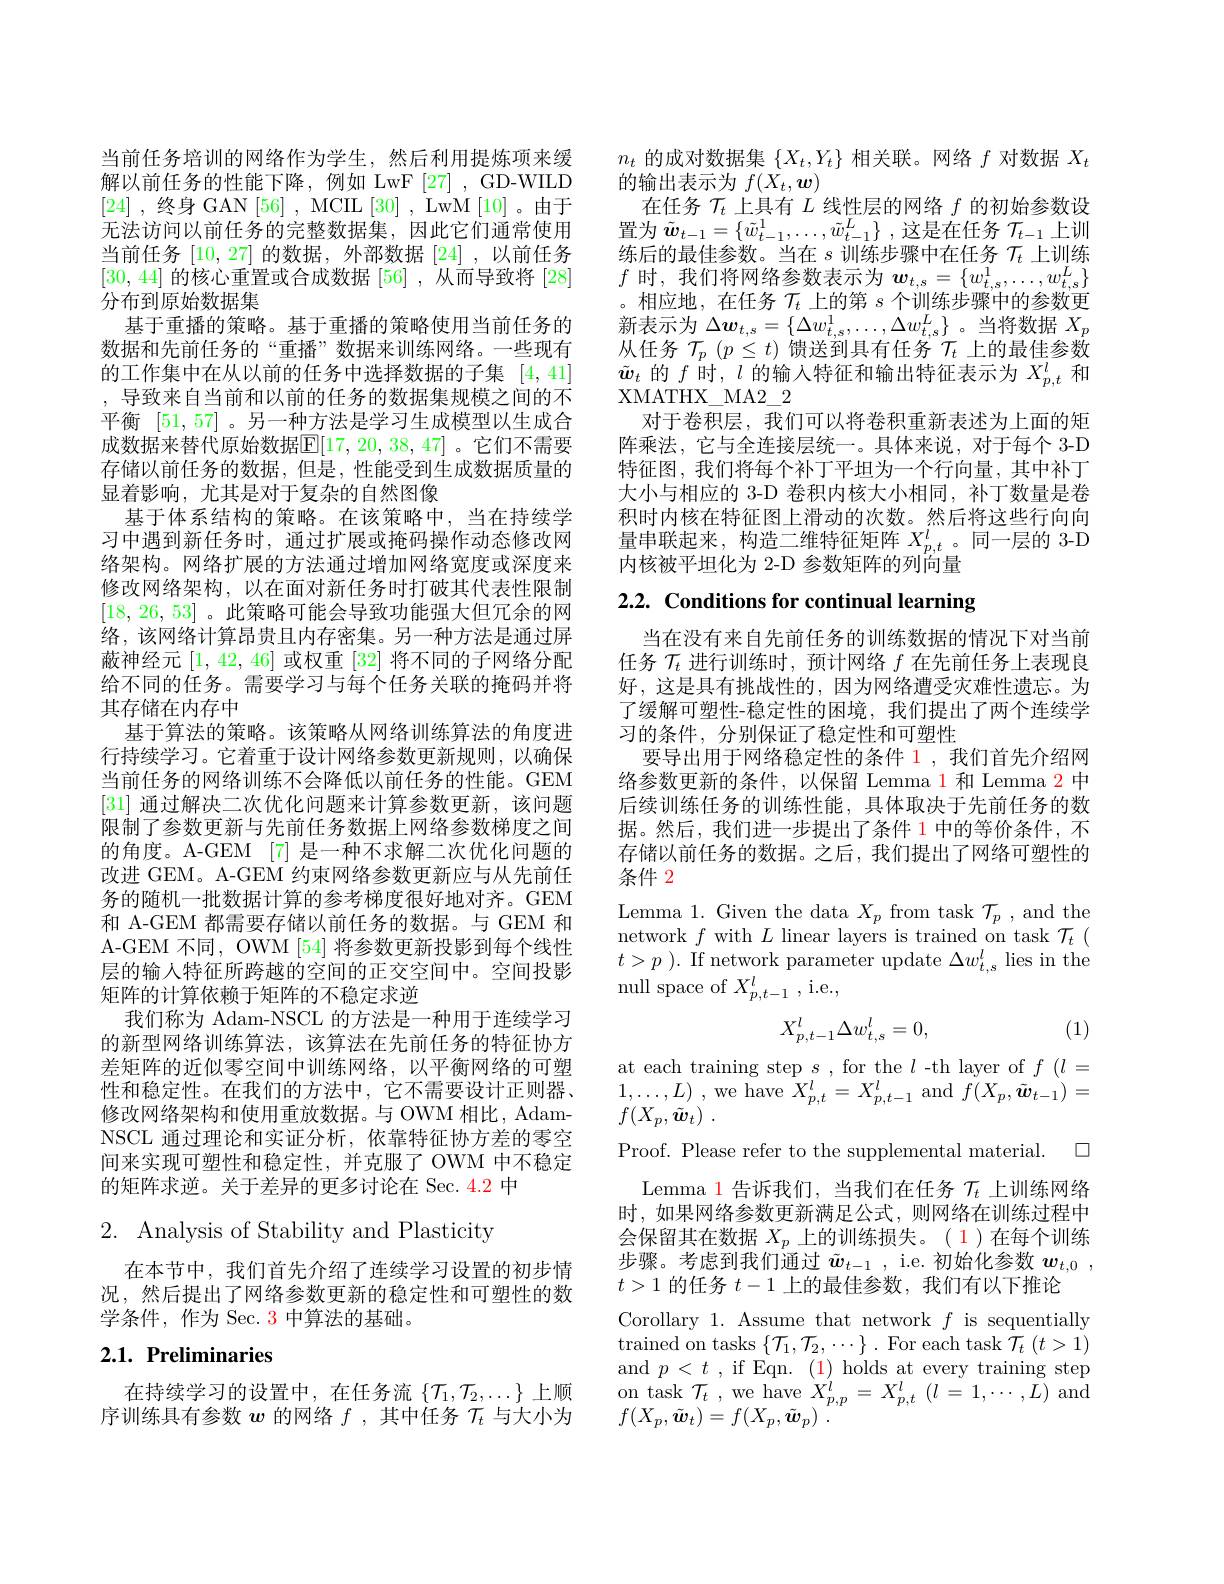
当前任务培训的网络作为学生，然后利用提炼项来缓解以前任务的性能下降，例如 LwF[27],GD-WILD [24] ,终身 GAN [56] , MCIL [30] , LwM [10] 。由于无法访问以前任务的完整数据集，因此它们通常使用当前任务[10,27]的数据 ,外部数据[24],以前任务$[30,44]\dot{\text{ 的核心重置或合成数据 }}[56]\dot{\text{ ,从而导致将 }}[28]$ 分布到原始数据集
基于重播的策略。基于重播的策略使用当前任务的数据和先前任务的“重播”数据来训练网络。一些现有的工作集中在从以前的任务中选择数据的子集[4,41] ,导致来自当前和以前的任务的数据集规模之间的不平衡[51,57] 。另一种方法是学习生成模型以生成合成数据来替代原始数据$[\mathbb{E}[17,20,38,47]$ 。它们不需要存储以前任务的数据，但是，性能受到生成数据质量的显着影响，尤其是对于复杂的自然图像
基于体系结构的策略。在该策略中，当在持续学习中遇到新任务时，通过扩展或掩码操作动态修改网络架构。网络扩展的方法通过增加网络宽度或深度来修改网络架构，以在面对新任务时打破其代表性限制[18,26,53] 。此策略可能会导致功能强大但冗余的网络，该网络计算昂贵且内存密集。另一种方法是通过屏蔽神经元[1,42,46]或权重[32]将不同的子网络分配给不同的任务。需要学习与每个任务关联的掩码并将其存储在内存中
基于算法的策略。该策略从网络训练算法的角度进行持续学习。它着重于设计网络参数更新规则，以确保当前任务的网络训练不会降低以前任务的性能。GEM [31]通过解决二次优化问题来计算参数更新，该问题限制了参数更新与先前任务数据上网络参数梯度之间的角度。A-GEM [7] 是一种不求解二次优化问题的改进 GEM。A-GEM 约束网络参数更新应与从先前任务的随机一批数据计算的参考梯度很好地对齐。GEM 和 A-GEM 都需要存储以前任务的数据。与 GEM 和A-GEM 不同，OWM [54] 将参数更新投影到每个线性层的输入特征所跨越的空间的正交空间中。空间投影矩阵的计算依赖于矩阵的不稳定求逆
我们称为 Adam-NSCL 的方法是一种用于连续学习的新型网络训练算法，该算法在先前任务的特征协方差矩阵的近似零空间中训练网络，以平衡网络的可塑性和稳定性。在我们的方法中，它不需要设计正则器、 修改网络架构和使用重放数据。与 OWM 相比，AdamNSCL 通过理论和实证分析，依靠特征协方差的零空间来实现可塑性和稳定性，并克服了 OWM 中不稳定的矩阵求逆。关于差异的更多讨论在 Sec. 4.2 中

# 2. Analysis of Stability and Plasticity

在本节中，我们首先介绍了连续学习设置的初步情况，然后提出了网络参数更新的稳定性和可塑性的数学条件，作为 Sec. 3 中算法的基础。

# 2.1. Preliminaries

在持续学习的设置中，在任务流$\{\mathcal{T}_1,\mathcal{T}_2,\ldots\}$上顺序训练具有参数$w$的网络$f,\dot\text{其中任务 }\mathcal{T}_t$与大小为

$n_t$的成对数据集$\{X_t,Y_t\}$相关联。网络$f$对数据$X_t$
的输出表示为$f(X_t,\boldsymbol{w})$
在任务$\mathcal{T}_t$上具有$L$线性层的网络$f$的初始参数设置为$\tilde{w}_t-1=\{\tilde{w}_{t-1}^{1},\ldots,\tilde{w}_{t-1}^{L}\}$ ,这是在任务$\mathcal{T}_t-1$上训练后的最佳参数。当在$s$训练步骤中在任务$\mathcal{T}_t$上训练$f$时，我们将网络参数表示为$w_t,s=\{w_{t,s}^1,\ldots,w_{t,s}^L\}$ 。相应地，在任务$\mathcal{T}_t$上的第$s$个训练步骤中的参数更新表示为$\Delta\boldsymbol w_{t,s}=\{\Delta w_{t,s}^{1},\ldots,\Delta w_{t,s}^{L}\}$ 。当将数据$X_p$ 从任务$\mathcal{T}_p\left(p\leq t\right)$馈送到具有任务$\mathcal{T}_t$上的最佳参数$\tilde{\boldsymbol{w}}_t$的$f$时，$l$的输入特征和输出特征表示为$X_p,t^l$和XMATHX$\_$MA2$\_$2
对于卷积层，我们可以将卷积重新表述为上面的矩阵乘法，它与全连接层统一。具体来说，对于每个 3-D 特征图，我们将每个补丁平坦为一个行向量，其中补丁大小与相应的 3-D 卷积内核大小相同，补丁数量是卷积时内核在特征图上滑动的次数。然后将这些行向向量串联起来，构造二维特征矩阵$X_{p,t}^l$。同一层的 3-D 内核被平坦化为 2-D 参数矩阵的列向量

2.2. Conditions for continual learning

当在没有来自先前任务的训练数据的情况下对当前任务$\mathcal{T}_t$进行训练时，预计网络$f$在先前任务上表现良好，这是具有挑战性的，因为网络遭受灾难性遗忘。为了缓解可塑性-稳定性的困境，我们提出了两个连续学习的条件，分别保证了稳定性和可塑性
要导出用于网络稳定性的条件 1,我们首先介绍网络参数更新的条件，以保留 Lemma 1和 Lemma 2中后续训练任务的训练性能，具体取决于先前任务的数据。然后，我们进一步提出了条件 1 中的等价条件，不存储以前任务的数据。之后，我们提出了网络可塑性的条件 2

Lemma 1. Given the data $X_p$ from task $\mathcal{T}_p$, and the network $f$ with $L$ linear layers is trained on task $\mathcal{T}_t$ ( $t> p$ ). If network parameter update $\Delta w_t,s^l$ lies in the null space of $X_{p,t-1}^l$,i.e.,
$$X_{p,t-1}^{l}\Delta w_{t,s}^{l}=0,$$
(1)

Proof. Please refer to the supplemental material. $\square$

at each training step $s$, for the $l$ -th layer of $f(l=$ $1, \ldots , L)$ , we have $X_p,t^l=X_{p,t-1}^l$ and $f(X_p,\tilde{\boldsymbol{w}}_{t-1})=$ $f( X_{p}, \tilde{\boldsymbol{w}} _{t})$ .
Lemma 1 告诉我们，当我们在任务$\mathcal{T}_t$上训练网络时，如果网络参数更新满足公式，则网络在训练过程中会保留其在数据$X_p$上的训练损失。( 1)在每个训练步骤。考虑到我们通过$\tilde{w}_t-1$, i.e. 初始化参数$w_t,0$, $t>1$的任务$t-1$上的最佳参数，我们有以下推论
Corollary 1. Assume that network $f$ is sequentially trained on tasks $\{\mathcal{T}_1,\mathcal{T}_2,\cdots\}.$ For each task $\mathcal{T}_t(t>1)$ and$p<t$,ifEqn.$(\color{red}{1})$holds at every training step $\begin{array}{l}{\mathrm{on~task~}\mathcal{T}_{t}~,~\mathrm{we~have~}X_{p,p}^{\prime}=~X_{p,t}^{l}~(l~=~1,\cdots~,\bar{L})~\mathrm{and}}\\{f(V~\tilde{\tilde{m}}~)\: f(V~\tilde{\tilde{m}}~)\: f(V~\tilde{\tilde{m}}~)\: f(V~\tilde{\tilde{m}}~)\: f(V~\tilde{m}~)\: f(V~\tilde{m}~)\: f(V~\tilde{m}~)\: f(V~\tilde{m}~)\: f(V~\tilde{m}~)\: f(V~\tilde{m}~)\: f(V~\tilde{m}~)\: f(V~\tilde{m}~)\: f(V~\tilde{m}~)\: f(V\:\tilde{m}~)\: f(}\end{array}$ $f(X_{p},\tilde{\boldsymbol{w}}_{t})=f(X_{p},\tilde{\boldsymbol{w}}_{p})$